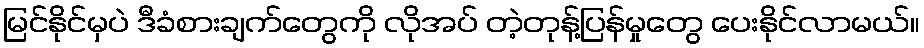
မြင်နိုင်မှပဲ ဒီခံစားချက်တွေကို လိုအပ် တဲ့တုန့်ပြန်မှုတွေ ပေးနိုင်လာမယ်။